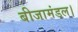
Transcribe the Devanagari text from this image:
बीजामंडल।